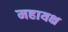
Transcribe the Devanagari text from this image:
महायक्ष